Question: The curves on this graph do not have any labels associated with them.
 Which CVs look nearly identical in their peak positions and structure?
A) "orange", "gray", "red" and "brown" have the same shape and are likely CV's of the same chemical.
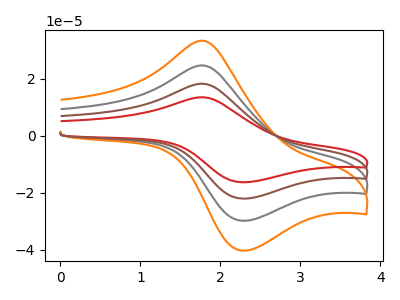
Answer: <think>The gray curve "gray" has an anodic peak at (1.80V, 24.65uA) and a cathodic peak at (2.25V, -29.85uA). The orange curve "orange" has an anodic peak at (1.80V, 33.35uA) and a cathodic peak at (2.25V, -40.40uA). The red curve "red" has an anodic peak at (1.80V, 74.00uA) and a cathodic peak at (2.25V, -89.60uA). The brown curve "brown" has an anodic peak at (1.80V, 49.35uA) and a cathodic peak at (2.25V, -59.75uA).
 All the peaks in "gray" have a peak in "orange" at the same potential. Every peak in "gray" is lower than every peak in "orange". All the peaks in "gray" have a peak in "red" at the same potential. Every peak in "gray" is lower than every peak in "red". All the peaks in "gray" have a peak in "brown" at the same potential. Every peak in "gray" is lower than every peak in "brown". All the peaks in "orange" have a peak in "red" at the same potential. Every peak in "orange" is lower than every peak in "red". All the peaks in "orange" have a peak in "brown" at the same potential. Every peak in "orange" is lower than every peak in "brown". All the peaks in "red" have a peak in "brown" at the same potential. Every peak in "red" is higher than every peak in "brown".</think>
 <answer>A) "orange", "gray", "red" and "brown" have the same shape and are likely CV's of the same chemical.</answer>
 <eval>A</eval>